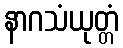
နာဂသံယုတ္တံ